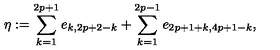
\eta : = \sum _ { k = 1 } ^ { 2 p + 1 } e _ { k , 2 p + 2 - k } + \sum _ { k = 1 } ^ { 2 p - 1 } e _ { 2 p + 1 + k , 4 p + 1 - k } ,